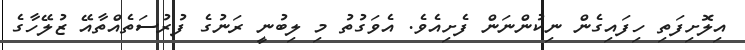
އިލޮށިފަތި ހިފައިގެން ނިކުންނަން ފެށިއެވެ. އެވަގުތު މި ލިބުނީ ރަނުގެ ފުރުސަތެއްތާއޭ ޒުލޭހާގެ